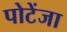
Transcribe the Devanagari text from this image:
पोटेंजा